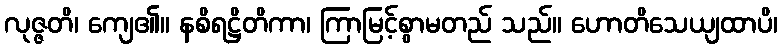
လုဇ္ဇတိ၊ ကျေ၏။ နစိရဋ္ဌိတိကာ၊ ကြာမြင့်စွာမတည် သည်။ ဟောတိသေယျထာပိ၊